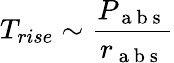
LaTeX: T_{rise}\sim\frac{P_{\mathrm{~a~b~s~}}}{r_{\mathrm{~a~b~s~}}}